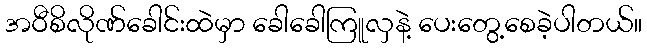
အဝီစိလိုဏ်ခေါင်းထဲမှာ ခေါခေါကြူလှနဲ့ ပေးတွေ့စေခဲ့ပါတယ်။